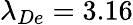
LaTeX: \lambda_{De}=3.16